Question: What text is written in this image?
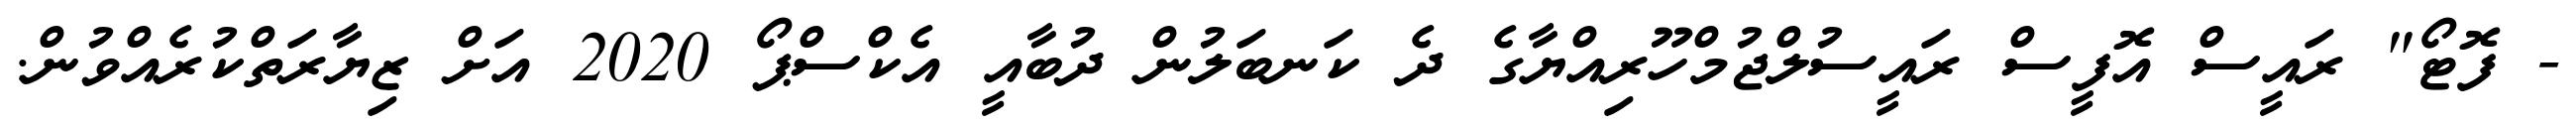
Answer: - ފޮޓޯ" ރައީސް އޮފީސް ރައީސުލްޖުމްހޫރިއްޔާގެ ދެ ކަނބަލުން ދުބާއީ އެކްސްޕޯ 2020 އަށް ޒިޔާރަތްކުރެއްވުން.